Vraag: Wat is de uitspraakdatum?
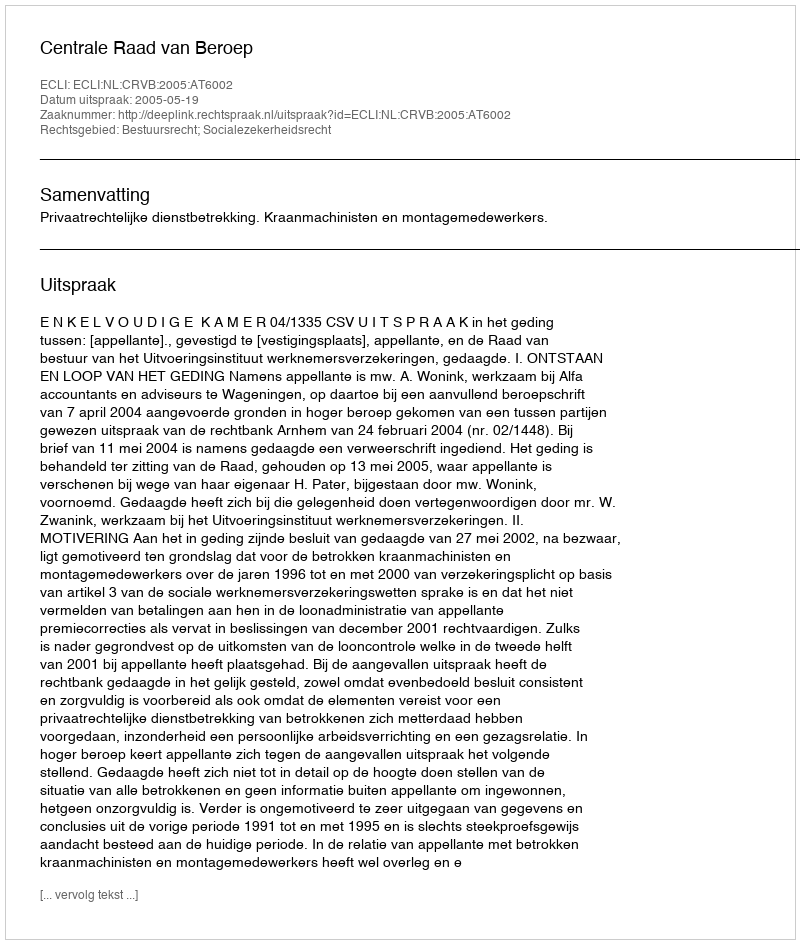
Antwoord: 2005-05-19